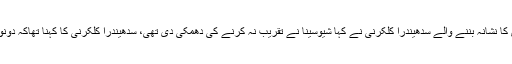
کتاب کی رونمائی تقریب سے پہلے ہی شیوسینا کی داداگیری کا نشانہ بننے والے سدھیندرا کلکرنی نے کہا شیوسینا نے تقریب نہ کرنے کی دھمکی دی تھی، سدھیندرا کلکرنی کا کہنا تھاکہ دونوں ملکوں کے عوام لاٹھی، گولی نہیں امن ومحبت چاہتے ہیں۔